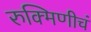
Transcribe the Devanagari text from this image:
रुक्मिणीचं